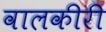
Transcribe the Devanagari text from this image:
वालकीरी